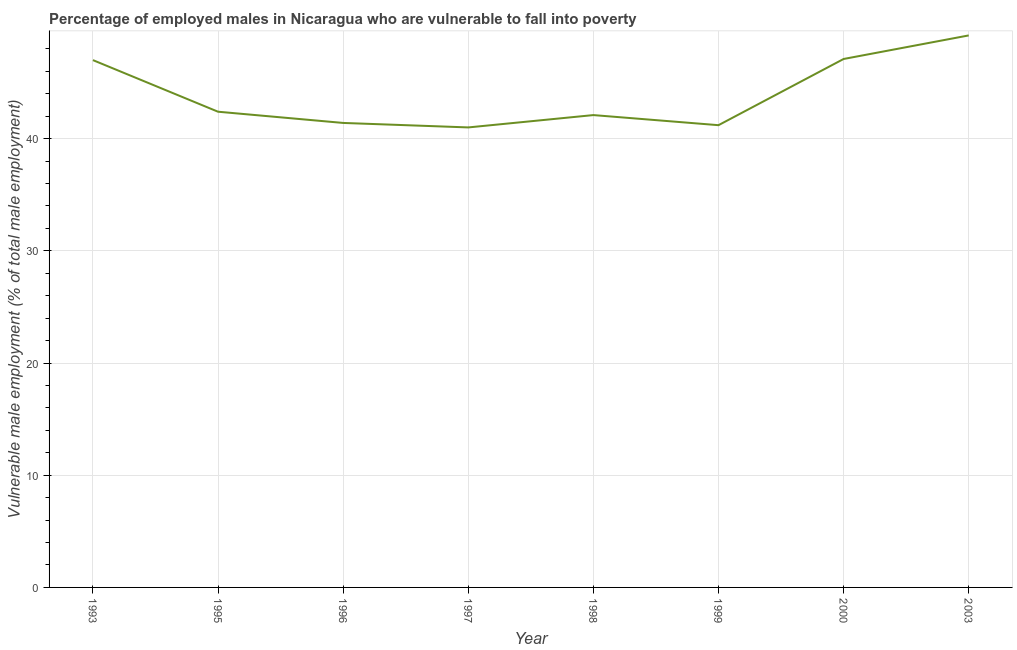
| Year | Percentage of employed males who are vulnerable to fall into poverty |
 | --- | --- |
 | 1993 | 47 |
 | 1995 | 42.4 |
 | 1996 | 41.4 |
 | 1997 | 41 |
 | 1998 | 42.1 |
 | 1999 | 41.2 |
 | 2000 | 47.1 |
 | 2003 | 49.2 |